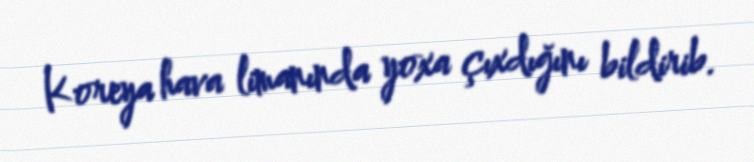
Koreya hava limanında yoxa çıxdığını bildirib.